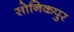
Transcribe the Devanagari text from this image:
सोनिकपुर